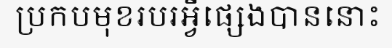
ប្រកបមុខរបរអ្វីផ្សេងបាននោះ